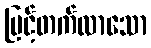
မြင့်တက်လာသော